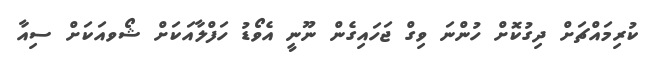
ކުރިމައްޗަށް ދިގުކޮށް ހުންނަ ވިގް ޖަހައިގެން ނޫނީ އެވޯޑު ހަފްލާއަކަށް ޝޯވއަަކަށް ސިއާ